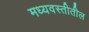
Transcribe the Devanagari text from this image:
मध्यवस्तीतील